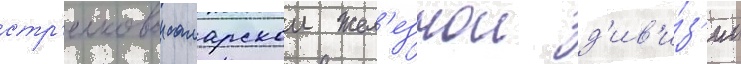
стр'елковои самарскои жел'езнои д'ив'и́з'ии